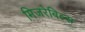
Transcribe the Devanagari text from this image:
मिजरेबिल्स